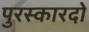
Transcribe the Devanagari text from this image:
पुरस्कारदो